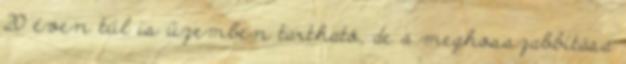
20 éven túl is üzemben tartható, de a meghosszabbítása